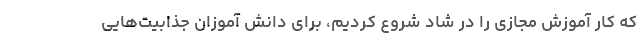
که کار آموزش مجازی را در شاد شروع کردیم، برای دانش آموزان جذابیت‌هایی